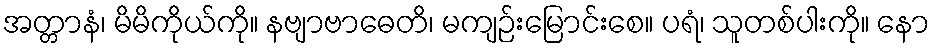
အတ္တာနံ၊ မိမိကိုယ်ကို။ နဗျာဗာဓေတိ၊ မကျဉ်းမြောင်းစေ။ ပရံ၊ သူတစ်ပါးကို။ နော